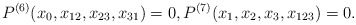
\begin{align*} P^{(6)}(x_0,x_{12},x_{23},x_{31})=0, P^{(7)}(x_1,x_2,x_3,x_{123})=0.\end{align*}